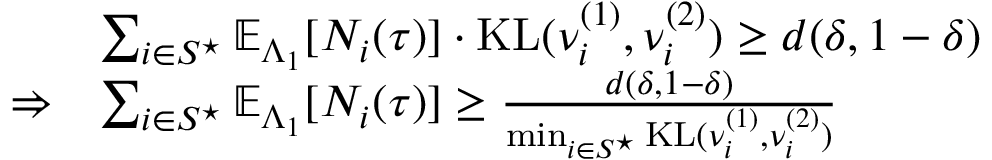
\begin{array} { r l } & { \sum _ { i \in S ^ { \star } } \mathbb { E } _ { \Lambda _ { 1 } } [ N _ { i } ( \tau ) ] \cdot \mathrm { K L } ( \nu _ { i } ^ { ( 1 ) } , \nu _ { i } ^ { ( 2 ) } ) \geq d ( \delta , 1 - \delta ) } \\ { \Rightarrow } & { \sum _ { i \in S ^ { \star } } \mathbb { E } _ { \Lambda _ { 1 } } [ N _ { i } ( \tau ) ] \geq \frac { d ( \delta , 1 - \delta ) } { \operatorname* { m i n } _ { i \in S ^ { \star } } \mathrm { K L } ( \nu _ { i } ^ { ( 1 ) } , \nu _ { i } ^ { ( 2 ) } ) } } \end{array}